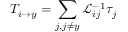
T _ { { i \rightarrow y } } = \sum _ { j , j \ne y } \mathcal { L } _ { i j } ^ { - 1 } { \tau } _ { j }